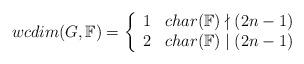
LaTeX: \begin{align*}wcdim(G,\mathbb{F}) = \left\{\begin{array}{cc}1 & char(\mathbb{F}) \nmid (2n-1) \\2 & char(\mathbb{F}) \mid (2n-1)\end{array}\right.\end{align*}